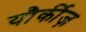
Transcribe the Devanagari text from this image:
यौर्कीज़